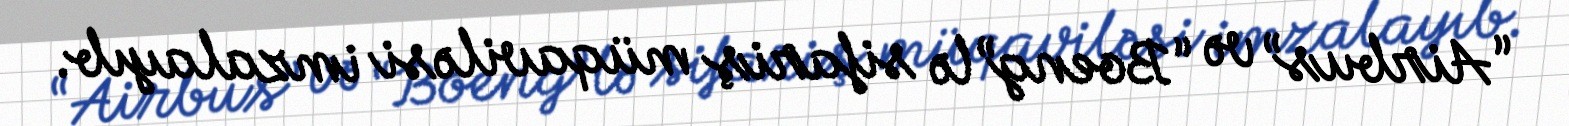
“Airbus” və “Boeng”lə sifariş müqaviləsi imzalayıb.